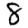
Digit: 8